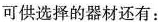
可供选择的器材还有：